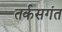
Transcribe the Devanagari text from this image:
तर्कसगंत